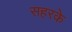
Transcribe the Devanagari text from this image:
सहरके